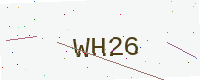
Text: WH26